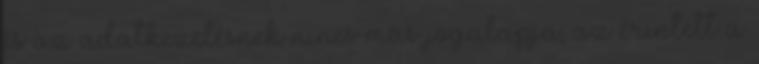
és az adatkezelésnek nincs más jogalapja; az érintett a